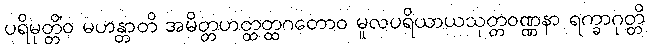
ပရိမုတ္တိံဝ မဟန္တာတိ အမိတ္တဟတ္ထတ္ထဂတောဝ မူလပရိယာယသုတ္တဝဏ္ဏနာ ရက္ခာဂုတ္တိ